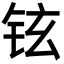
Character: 铉